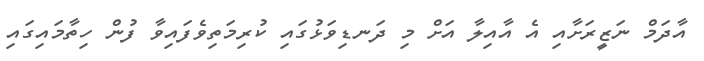
އާދަމް ނަޒީރަށާއި އެ އާއިލާ އަށް މި ދަނޑިވަޅުގައި ކުރިމަތިވެފައިވާ ފުން ހިތާމައިގައި